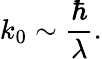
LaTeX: k_{0}\sim{\frac{\hbar}{\lambda}}.